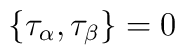
\{\tau_\alpha, \tau_\beta\} = 0